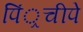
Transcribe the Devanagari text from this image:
पिं्रचीपे